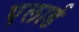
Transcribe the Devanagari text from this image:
एलार्ड